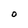
Character: O